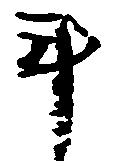
斗